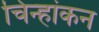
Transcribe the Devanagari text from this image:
चिन्हांकन